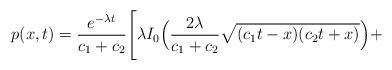
LaTeX: \begin{align*}p(x,t) = \frac{e^{-\lambda t}}{c_1+c_2}\Biggl[\lambda I_0\Bigl( \frac{2\lambda}{c_1+c_2}\sqrt{(c_1t-x)(c_2t+x)}\Bigr)+\end{align*}